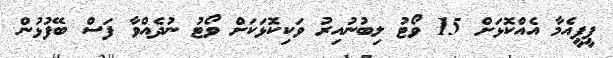
ޕީޕީއެމާ އެއްކޮޅަށް 15 ވޯޓު ލިބުނުއިރު ވަކިކޮޅަކަށް ވޯޓު ނުދެއްވާ ފަސް ބޭފުޅުން